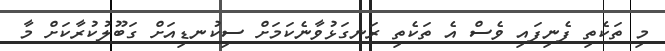
މި ތަކެތި ފެނިފައި ވެސް އެ ތަކެތި ރަނގަޅުވާނެކަމަށް ސިކުނޑިއަށް ގަބޫލުކުރާކަށް މާ